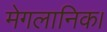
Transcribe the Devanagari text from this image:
मेगलानिक।